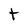
Character: t